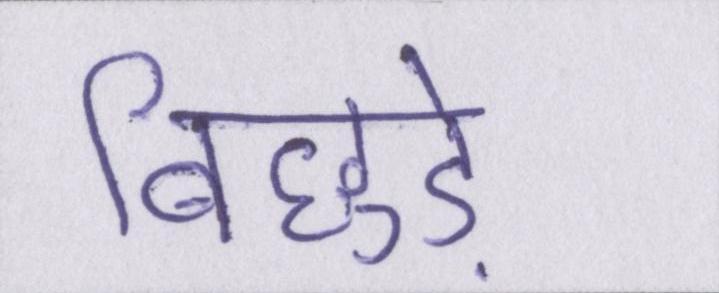
बिछुड़े